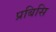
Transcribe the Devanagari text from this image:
प्रबिसि